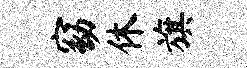
窈休旗